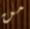
من